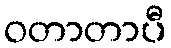
ဝတာတာပီ